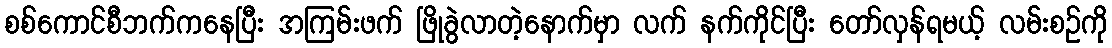
စစ်ကောင်စီဘက်ကနေပြီး အကြမ်းဖက် ဖြိုခွဲလာတဲ့နောက်မှာ လက် နက်ကိုင်ပြီး တော်လှန်ရမယ့် လမ်းစဥ်ကို